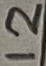
Text: 12